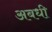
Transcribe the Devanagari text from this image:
अबधी